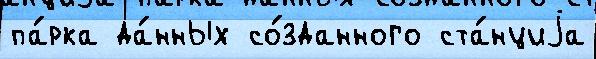
па́рка да́нных со́зданного ста́нциjа